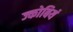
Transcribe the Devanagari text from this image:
ज्कोबियं